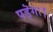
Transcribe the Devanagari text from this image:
पड़ॆगा।